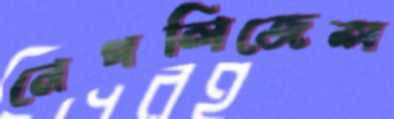
নেগলিজেন্স